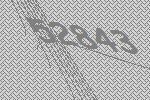
52843